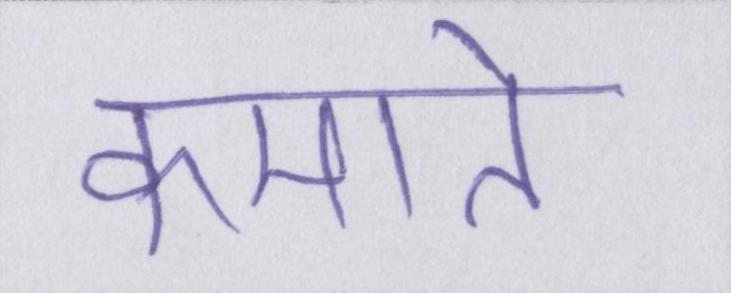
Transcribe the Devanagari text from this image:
कमाते